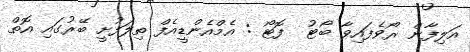
އަލިފާން ރޯވެފައިވާ ބޯޓު  ފޮޓޯ : އެމްއެންޑީއެފް ތިލަފުށީ ބޭރުގައި އޮތް